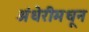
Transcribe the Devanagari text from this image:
अंधेरीमधून